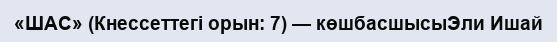
«ШАС» (Кнессеттегі орын: 7) — көшбасшысыЭли Ишай